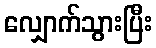
လျှောက်သွားပြီး